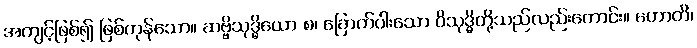
အကျင့်ဖြစ်၍ ဖြစ်ကုန်သော။ ဆဗ္ဗိသုဒ္ဓိယော စ၊ ခြောက်ပါးသော ဝိသုဒ္ဓိတို့သည်လည်းကောင်း။ ဟောတိ၊